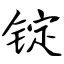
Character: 锭